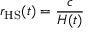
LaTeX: r _ { \mathrm { H S } } ( t ) = { \frac { c } { H ( t ) } }